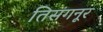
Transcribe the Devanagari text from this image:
तिसंगनूर